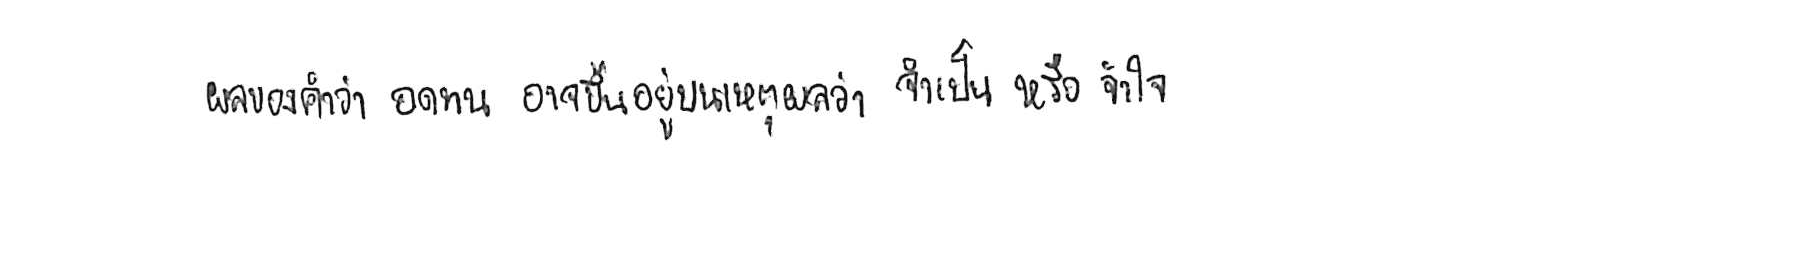
ผลของคำว่า อดทน อาจขึ้นอยู่บนเหตุผลว่า จำเป็น หรือ จำใจ